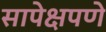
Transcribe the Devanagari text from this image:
सापेक्षपणे